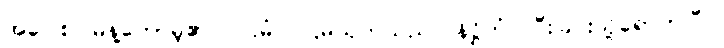
အဝေါစ၊ မိန့်တော်မူ၏။ ပဌမံ၊ ပဌမသုတ်သည်။ နိဋ္ဌိတံ၊ ပြီးခြင်းသို့ရောက်ပြီ။။